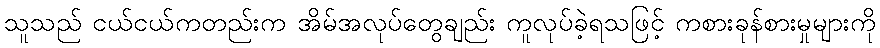
သူသည် ငယ်ငယ်ကတည်းက အိမ်အလုပ်တွေချည်း ကူလုပ်ခဲ့ရသဖြင့် ကစားခုန်စားမှုများကို